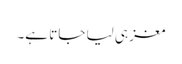
مغز ہی لیا جاتا ہے۔